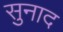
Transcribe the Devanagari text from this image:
सुनाद